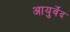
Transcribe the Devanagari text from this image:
आयुर्वेंद